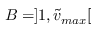
B = ] 1 , \tilde { v } _ { m a x } [